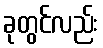
ခုတွင်လည်း